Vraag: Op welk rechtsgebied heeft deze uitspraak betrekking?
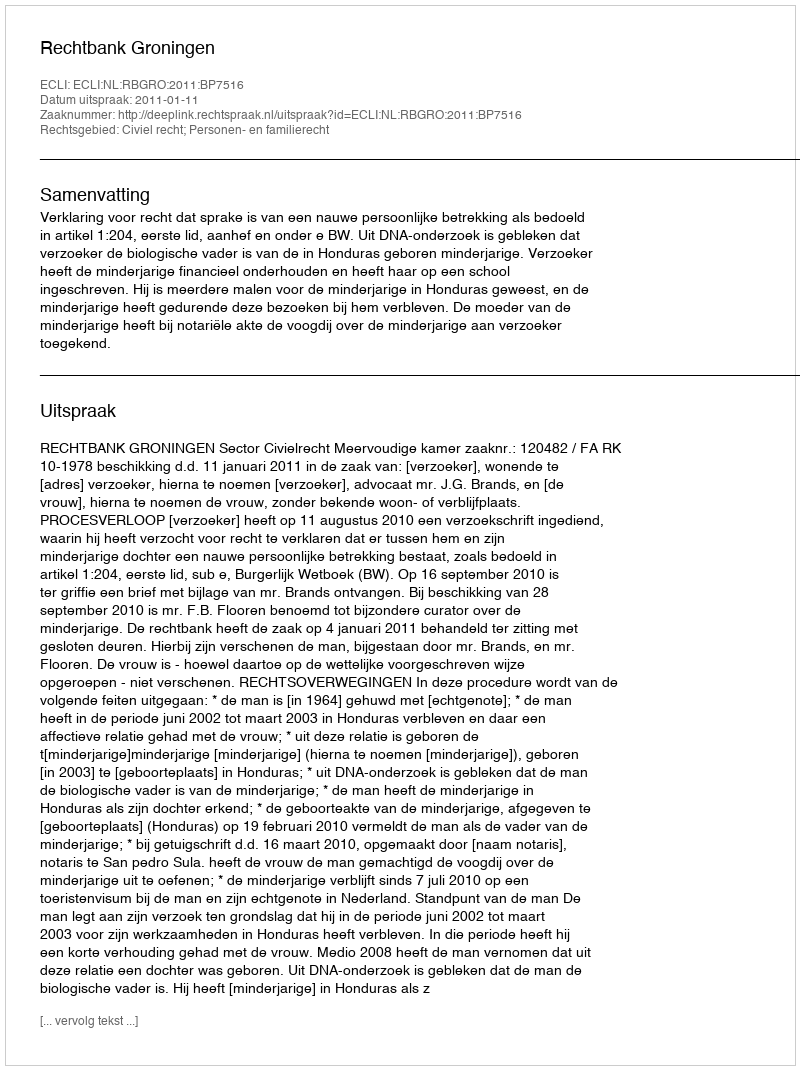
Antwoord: Civiel recht; Personen- en familierecht